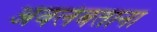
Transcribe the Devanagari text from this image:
अवलंबताना